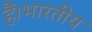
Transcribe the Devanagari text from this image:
हैं।भारतीय